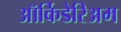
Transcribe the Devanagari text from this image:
ऑर्किडेरिअम